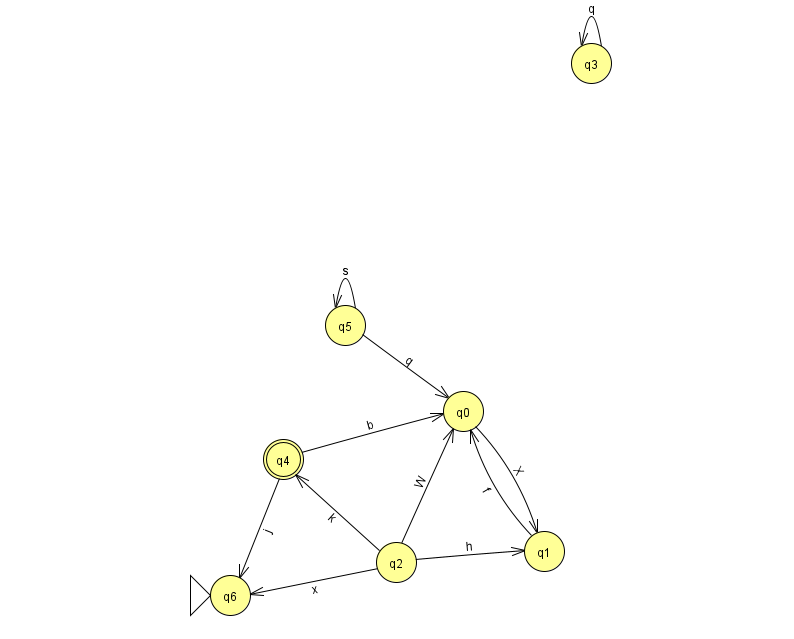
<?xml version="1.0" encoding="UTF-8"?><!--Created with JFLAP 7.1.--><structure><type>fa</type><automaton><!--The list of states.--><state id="0" name="q0"><x>463.0</x><y>398.0</y></state><state id="1" name="q1"><x>544.0</x><y>538.0</y></state><state id="2" name="q2"><x>396.0</x><y>549.0</y></state><state id="3" name="q3"><x>591.0</x><y>50.0</y></state><state id="4" name="q4"><x>283.0</x><y>446.0</y><final/></state><state id="5" name="q5"><x>345.0</x><y>312.0</y></state><state id="6" name="q6"><x>230.0</x><y>582.0</y><initial/></state><!--The list of transitions.--><transition><from>1</from><to>0</to><read>f</read></transition><transition><from>3</from><to>3</to><read>q</read></transition><transition><from>2</from><to>6</to><read>x</read></transition><transition><from>5</from><to>5</to><read>s</read></transition><transition><from>2</from><to>1</to><read>h</read></transition><transition><from>4</from><to>6</to><read>j</read></transition><transition><from>5</from><to>0</to><read>q</read></transition><transition><from>2</from><to>0</to><read>W</read></transition><transition><from>2</from><to>4</to><read>k</read></transition><transition><from>4</from><to>0</to><read>b</read></transition><transition><from>0</from><to>1</to><read>X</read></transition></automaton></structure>